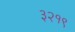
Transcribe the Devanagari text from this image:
३२१९